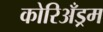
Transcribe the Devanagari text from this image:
कोरिअँड्रम